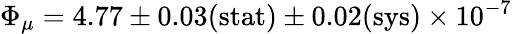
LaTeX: \Phi_{\mu}=4.77\pm 0.03(\textrm{stat})\pm 0.02(\textrm{sys})\times 10^{-7}